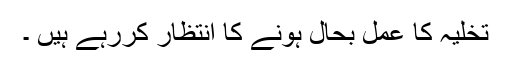
تخلیہ کا عمل بحال ہونے کا انتظار کررہے ہیں ۔